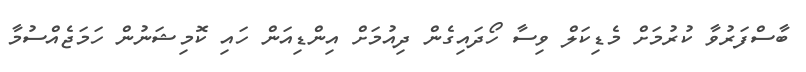
ބާސްފަރުވާ ކުރުމަށް މެޑިކަލް ވިސާ ހޯދައިގެން ދިއުމަށް އިންޑިއަން ހައި ކޮމިޝަނުން ހަމަޖެއްސުމާ